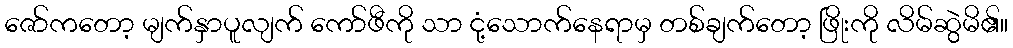
ဇော်ကတော့ မျက်နှာပူလျက် ကော်ဖီကို သာ ငုံ့သောက်နေရာမှ တစ်ချက်တော့ ဖြိုးကို လိမ်ဆွဲမိ၏။